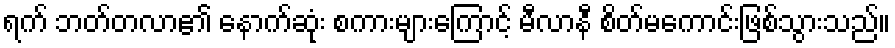
ရက် ဘတ်တလာ၏ နောက်ဆုံး စကားများကြောင့် မီလာနီ စိတ်မကောင်းဖြစ်သွားသည်။